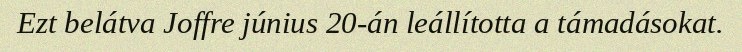
Ezt belátva Joffre június 20-án leállította a támadásokat.